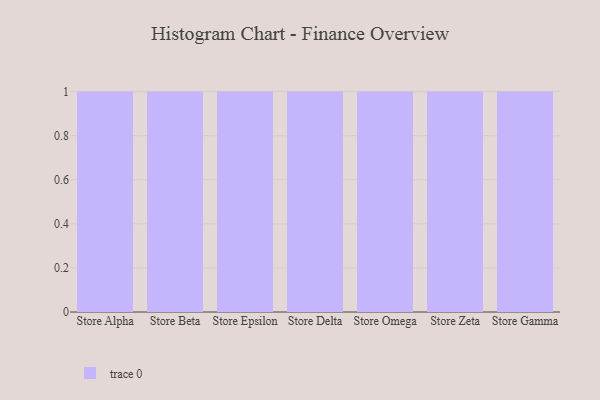
{"axis": {"x": "Store", "y": "Shipments"}, "legend": [""], "data": [{"x": "Store Alpha", "y": 93, "type": ""}, {"x": "Store Beta", "y": 17, "type": ""}, {"x": "Store Epsilon", "y": 4, "type": ""}, {"x": "Store Delta", "y": 88, "type": ""}, {"x": "Store Omega", "y": 61, "type": ""}, {"x": "Store Zeta", "y": 92, "type": ""}, {"x": "Store Gamma", "y": 43, "type": ""}]}